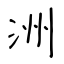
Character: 洲